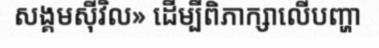
សង្គមស៊ីវិល» ដើម្បីពិភាក្សាលើបញ្ហា